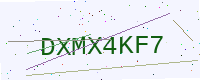
Text: DXMX4KF7